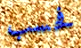
فحسب